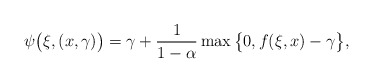
\begin{align*}\psi\big(\xi,(x,\gamma)\big) = \gamma + \frac{1}{1-\alpha} \max\big\{0, f(\xi,x) - \gamma\big\},\end{align*}